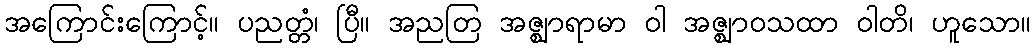
အကြောင်းကြောင့်။ ပညတ္တံ၊ ပြီ။ အညတြ အဇ္ဈာရာမာ ဝါ အဇ္ဈာဝသထာ ဝါတိ၊ ဟူသော။